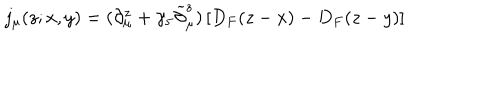
j _ { \mu } ( z ; x , y ) = ( \partial _ { \mu } ^ { z } + \gamma _ { 5 } \widetilde \partial _ { \mu } ^ { z } ) \left[ D _ { F } ( z - x ) - D _ { F } ( z - y ) \right]